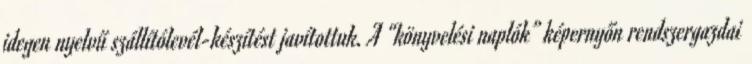
idegen nyelvű szállítólevél-készítést javítottuk. A “könyvelési naplók” képernyőn rendszergazdai